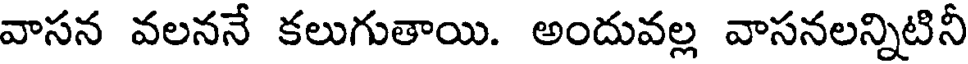
వాసన వలననే కలుగుతాయి. అందువల్ల వాసనలన్నిటినీ